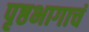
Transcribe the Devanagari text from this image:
पृष्ठभागाचं